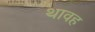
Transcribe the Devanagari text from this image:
थावह